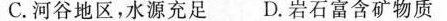
C.河谷地区，水源充足 D.岩石富含矿物质